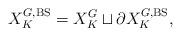
LaTeX: \begin{align*}X^{G,\mathrm{BS}}_K=X^G_K\sqcup \partial X^{G,\mathrm{BS}}_K,\end{align*}